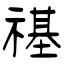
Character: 禥